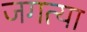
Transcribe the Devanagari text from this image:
जगत्या